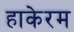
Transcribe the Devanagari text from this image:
हाकेरम